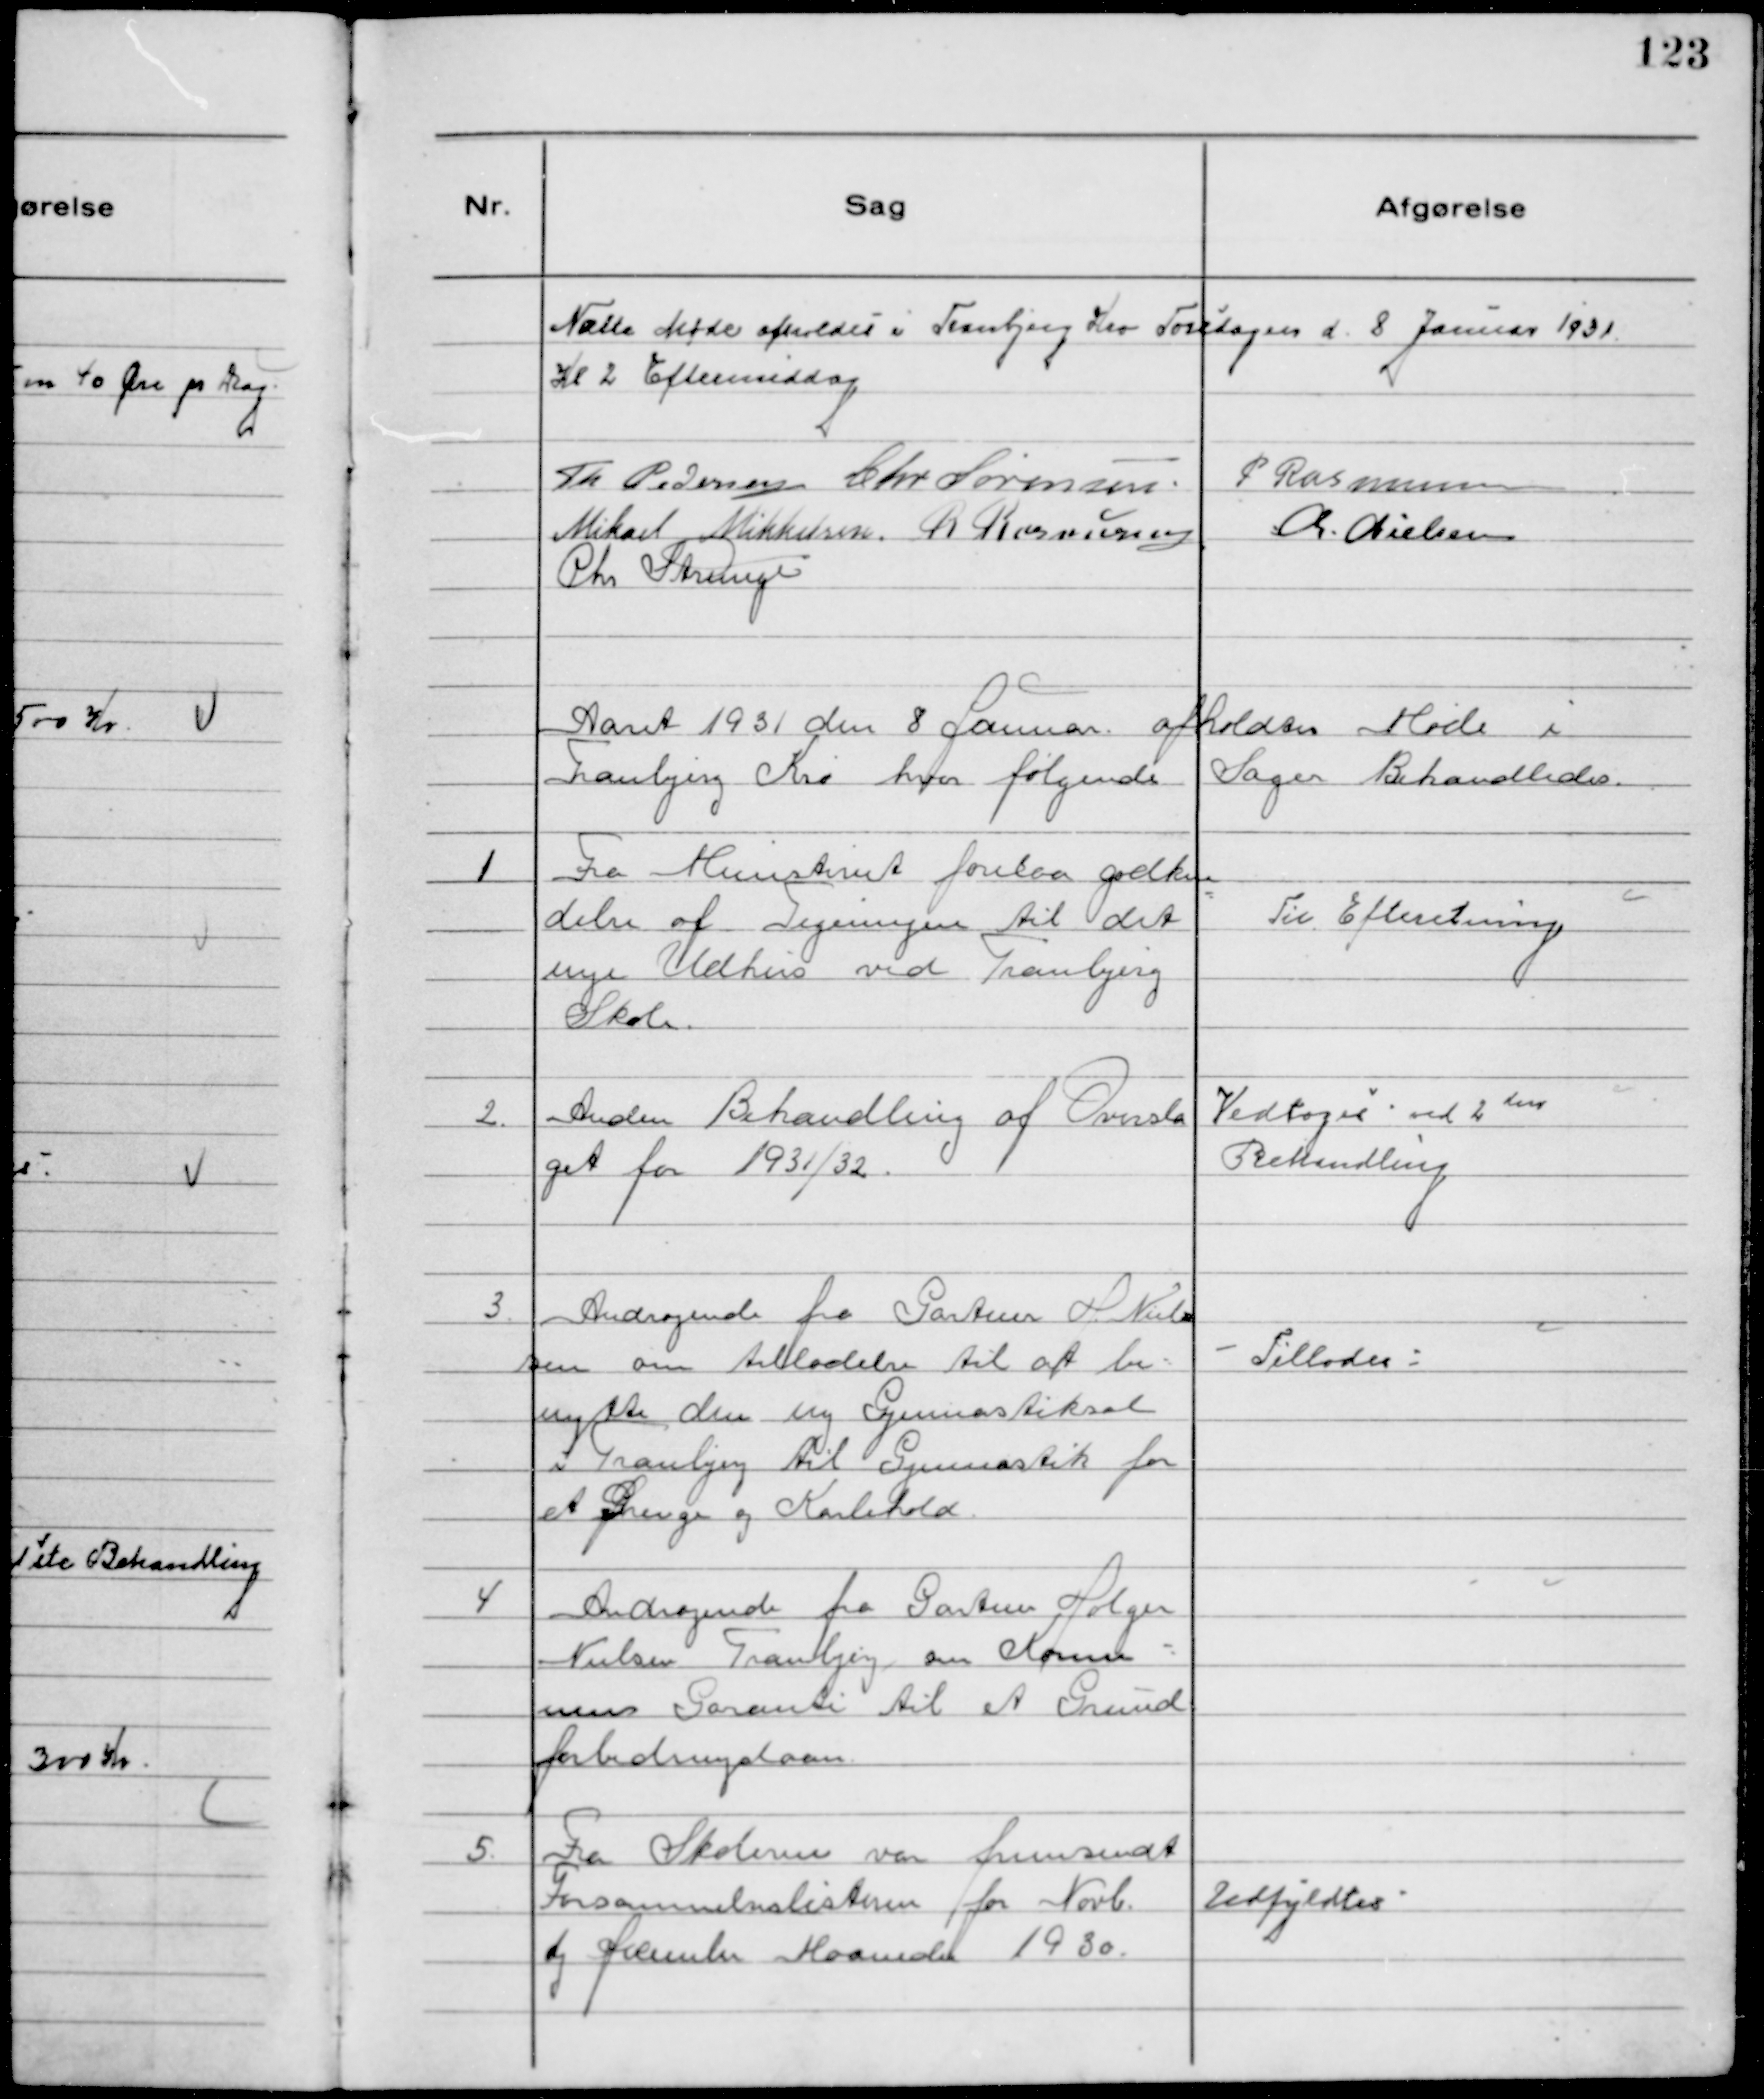
Transskription:
Næste Møde afholdes i Tranbjerg Kro Torsdagen d. 8 Januar 1931
Kl 2 Eftermiddag
Th Pedersen Chr Sørensen. P Rasmussen
Mikael Mikkelsen. R Rasmussen
Chr. Nielsen
Chr Strunge

Aaret 1931 den 8 Januar afholdtes Møde i
Tranbjerg Kro hvor følgende Sager Behandledes.

1
Fra Ministeriet forelaa godken
delse af Tegningen til det
nye Udhus ved Tranbjerg
Skole.

Til Efteretning

2.
Anden Behandling af Oversla
get for 1931/32.

Vedtoges ved 2den
Behandling

3.
Andragende fra Gartner H Niel
sen om tilladelse til at be-
nytte den ny Gymnastiksal
i Tranbjerg til Gymnastik for
et Drenge og Karlehold.

Tillodes

4
Andragende fra Gartner Holger
Nielsen Tranbjerg om Kommu-
nens Garanti til et Grund
forbedringslaan.

5.
Fra Skolerne var fremsendt
Forsømmelseslisteren for Novb.
og December Maaned 1930.

Udfyldtes